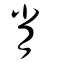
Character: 肖